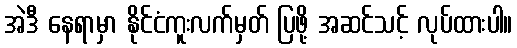
အဲဒီ နေရာမှာ နိုင်ငံကူးလက်မှတ် ပြဖို့ အဆင်သင့် လုပ်ထားပါ။